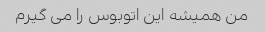
من همیشه این اتوبوس را می گیرم